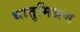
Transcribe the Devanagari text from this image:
धातुमिश्रण